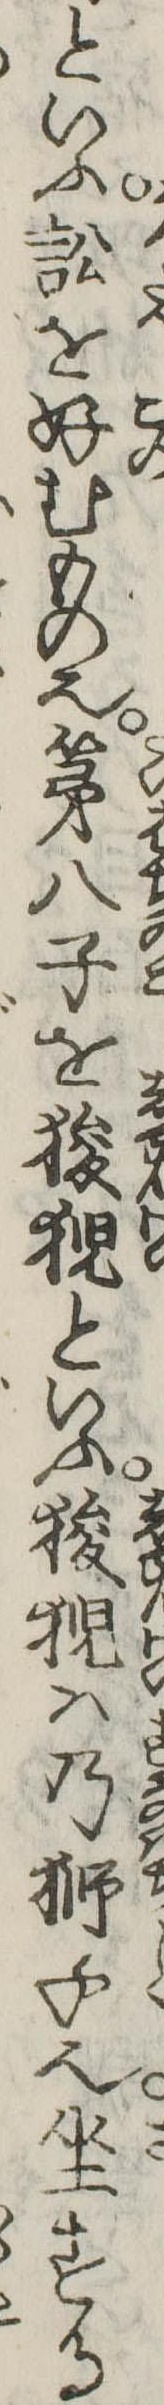
といふ訟を好むもの也第八子を狻といふ狻は乃獅子也坐する